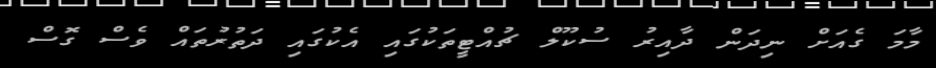
މާމަ ގެއަށް ނިދަން ދާއިރު ސުކޫލް ޗުއްޓީތަކުގައި އެކުގައި ދަތުރުތައް ވެސް ގޮސް